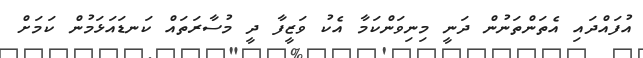
އުފައްދައި އެތަންތަނުން ދަނީ މިނިވަންކަމާ އެކު ވަޒީފާ ދީ މުސާރަތައް ކަނޑައަޅަމުން ކަމަށް